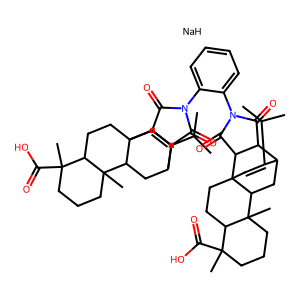
SMILES: CC(C)C1=CC23CCC4C(C)(C(=O)O)CCCC4(C)C2CC1C1C(=O)N(c2ccccc2N2C(=O)C4C5CC6C7(C)CCCC(C)(C(=O)O)C7CCC6(C=C5C(C)C)C4C2=O)C(=O)C13.[NaH]
Inhibits HIV replication: No